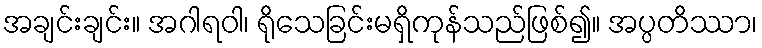
အချင်းချင်း။ အဂါရဝါ၊ ရိုသေခြင်းမရှိကုန်သည်ဖြစ်၍။ အပ္ပတိဿာ၊